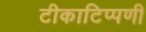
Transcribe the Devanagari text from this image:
टीकाटिप्पणी